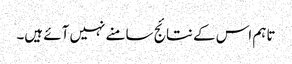
تاہم اس کے نتائج سامنے نہیں آئے ہیں۔